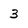
Character: 3